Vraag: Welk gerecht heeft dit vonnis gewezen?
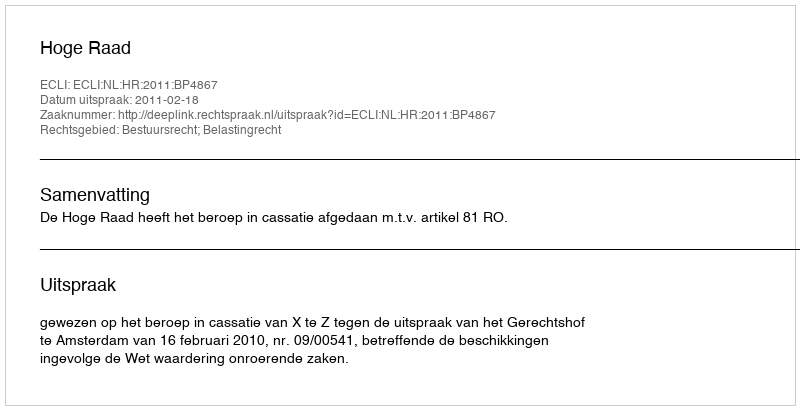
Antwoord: Hoge Raad